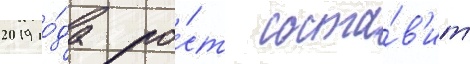
2019 го́да ро́ст соста́в'ит